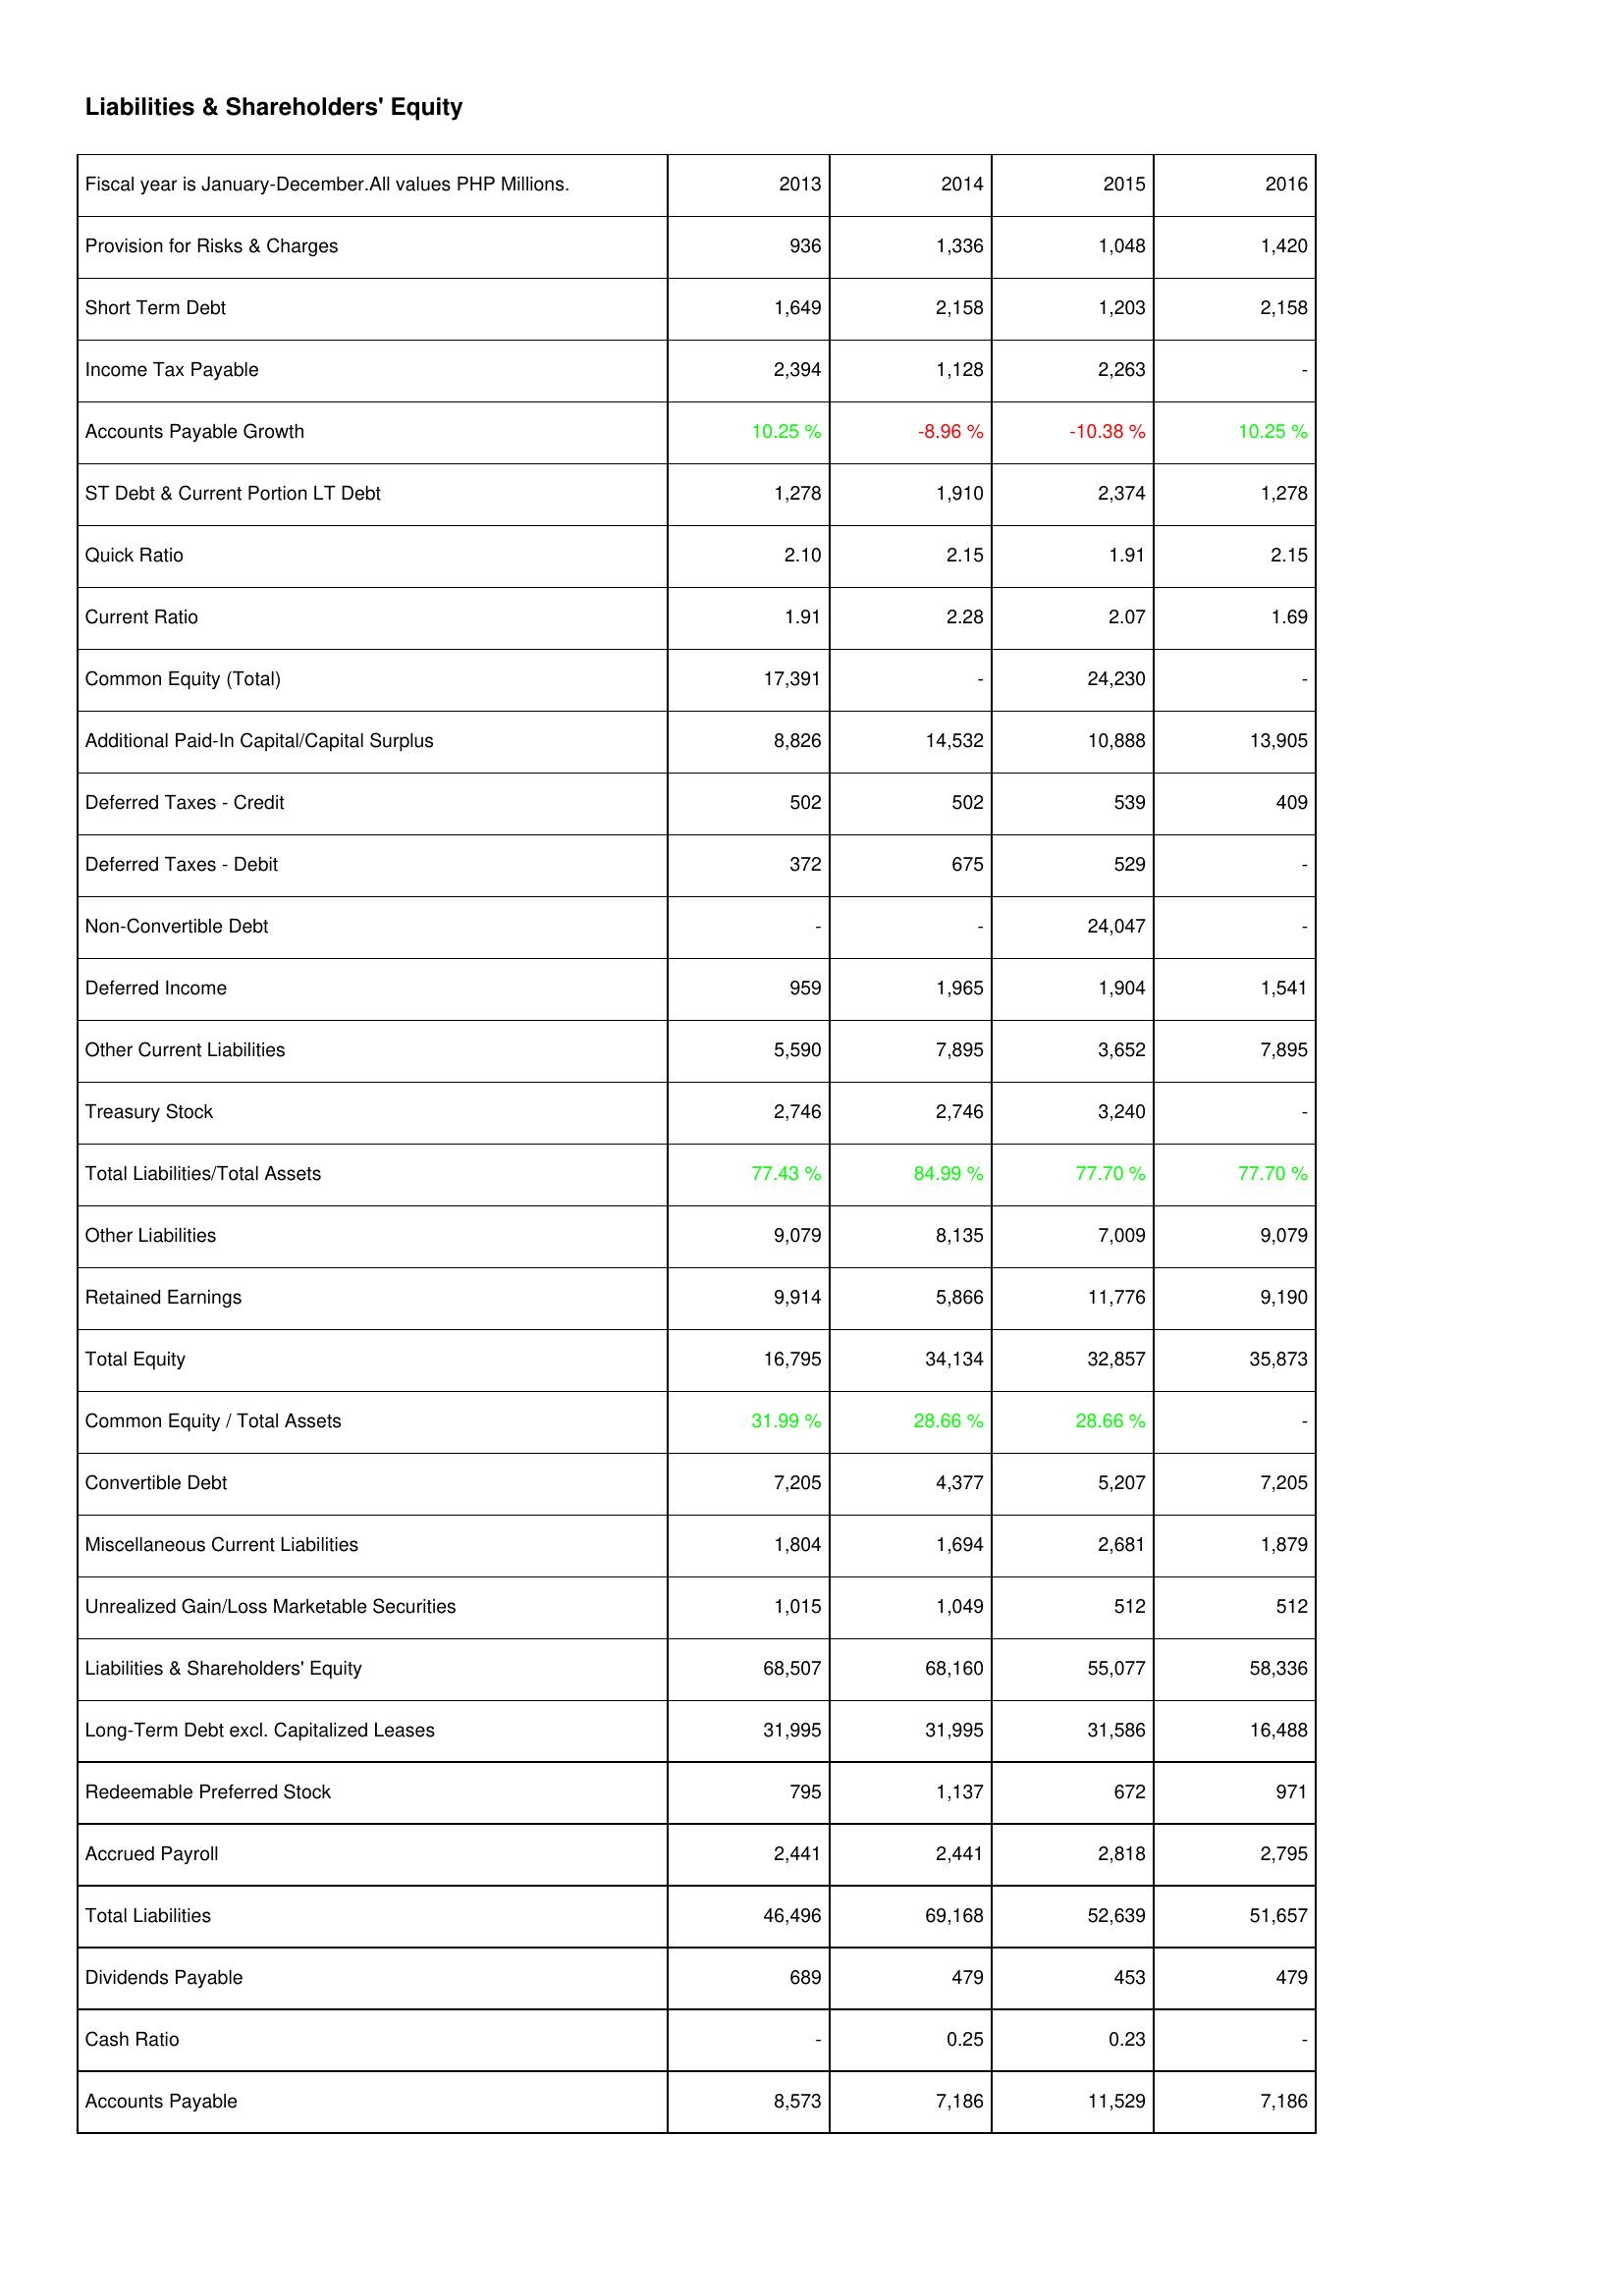
2013: Liabilities & Shareholders' Equity: Provision for Risks & Charges: 936
Short Term Debt: 1,649
Income Tax Payable: 2,394
Accounts Payable Growth: 10.25 %
ST Debt & Current Portion LT Debt: 1,278
Quick Ratio: 2.10
Current Ratio: 1.91
Common Equity (Total): 17,391
Additional Paid-In Capital/Capital Surplus: 8,826
Deferred Taxes - Credit: 502
Deferred Taxes - Debit: 372
Non-Convertible Debt: -
Deferred Income: 959
Other Current Liabilities: 5,590
Treasury Stock: 2,746
Total Liabilities/Total Assets: 77.43 %
Other Liabilities: 9,079
Retained Earnings: 9,914
Total Equity: 16,795
Common Equity / Total Assets: 31.99 %
Convertible Debt: 7,205
Miscellaneous Current Liabilities: 1,804
Unrealized Gain/Loss Marketable Securities: 1,015
Liabilities & Shareholders' Equity: 68,507
Long-Term Debt excl. Capitalized Leases: 31,995
Redeemable Preferred Stock: 795
Accrued Payroll: 2,441
Total Liabilities: 46,496
Dividends Payable: 689
Cash Ratio: -
Accounts Payable: 8,573
2014: Liabilities & Shareholders' Equity: Provision for Risks & Charges: 1,336
Short Term Debt: 2,158
Income Tax Payable: 1,128
Accounts Payable Growth: -8.96 %
ST Debt & Current Portion LT Debt: 1,910
Quick Ratio: 2.15
Current Ratio: 2.28
Common Equity (Total): -
Additional Paid-In Capital/Capital Surplus: 14,532
Deferred Taxes - Credit: 502
Deferred Taxes - Debit: 675
Non-Convertible Debt: -
Deferred Income: 1,965
Other Current Liabilities: 7,895
Treasury Stock: 2,746
Total Liabilities/Total Assets: 84.99 %
Other Liabilities: 8,135
Retained Earnings: 5,866
Total Equity: 34,134
Common Equity / Total Assets: 28.66 %
Convertible Debt: 4,377
Miscellaneous Current Liabilities: 1,694
Unrealized Gain/Loss Marketable Securities: 1,049
Liabilities & Shareholders' Equity: 68,160
Long-Term Debt excl. Capitalized Leases: 31,995
Redeemable Preferred Stock: 1,137
Accrued Payroll: 2,441
Total Liabilities: 69,168
Dividends Payable: 479
Cash Ratio: 0.25
Accounts Payable: 7,186
2015: Liabilities & Shareholders' Equity: Provision for Risks & Charges: 1,048
Short Term Debt: 1,203
Income Tax Payable: 2,263
Accounts Payable Growth: -10.38 %
ST Debt & Current Portion LT Debt: 2,374
Quick Ratio: 1.91
Current Ratio: 2.07
Common Equity (Total): 24,230
Additional Paid-In Capital/Capital Surplus: 10,888
Deferred Taxes - Credit: 539
Deferred Taxes - Debit: 529
Non-Convertible Debt: 24,047
Deferred Income: 1,904
Other Current Liabilities: 3,652
Treasury Stock: 3,240
Total Liabilities/Total Assets: 77.70 %
Other Liabilities: 7,009
Retained Earnings: 11,776
Total Equity: 32,857
Common Equity / Total Assets: 28.66 %
Convertible Debt: 5,207
Miscellaneous Current Liabilities: 2,681
Unrealized Gain/Loss Marketable Securities: 512
Liabilities & Shareholders' Equity: 55,077
Long-Term Debt excl. Capitalized Leases: 31,586
Redeemable Preferred Stock: 672
Accrued Payroll: 2,818
Total Liabilities: 52,639
Dividends Payable: 453
Cash Ratio: 0.23
Accounts Payable: 11,529
2016: Liabilities & Shareholders' Equity: Provision for Risks & Charges: 1,420
Short Term Debt: 2,158
Income Tax Payable: -
Accounts Payable Growth: 10.25 %
ST Debt & Current Portion LT Debt: 1,278
Quick Ratio: 2.15
Current Ratio: 1.69
Common Equity (Total): -
Additional Paid-In Capital/Capital Surplus: 13,905
Deferred Taxes - Credit: 409
Deferred Taxes - Debit: -
Non-Convertible Debt: -
Deferred Income: 1,541
Other Current Liabilities: 7,895
Treasury Stock: -
Total Liabilities/Total Assets: 77.70 %
Other Liabilities: 9,079
Retained Earnings: 9,190
Total Equity: 35,873
Common Equity / Total Assets: -
Convertible Debt: 7,205
Miscellaneous Current Liabilities: 1,879
Unrealized Gain/Loss Marketable Securities: 512
Liabilities & Shareholders' Equity: 58,336
Long-Term Debt excl. Capitalized Leases: 16,488
Redeemable Preferred Stock: 971
Accrued Payroll: 2,795
Total Liabilities: 51,657
Dividends Payable: 479
Cash Ratio: -
Accounts Payable: 7,186